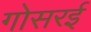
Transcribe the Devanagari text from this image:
गोसरई